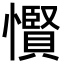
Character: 𢤞